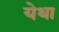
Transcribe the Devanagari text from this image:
येथा